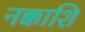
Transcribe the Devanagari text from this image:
नक्काशि